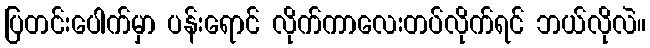
ပြတင်းပေါက်မှာ ပန်းရောင် လိုက်ကာလေးတပ်လိုက်ရင် ဘယ်လိုလဲ။